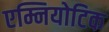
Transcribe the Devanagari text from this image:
एम्नियोटिक